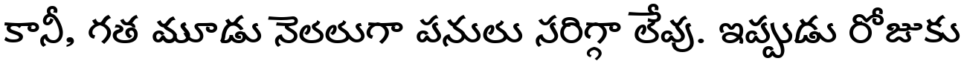
కానీ, గత మూడు నెలలుగా పనులు సరిగ్గా లేవు. ఇప్పుడు రోజుకు